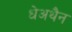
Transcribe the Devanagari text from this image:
धेअथैन